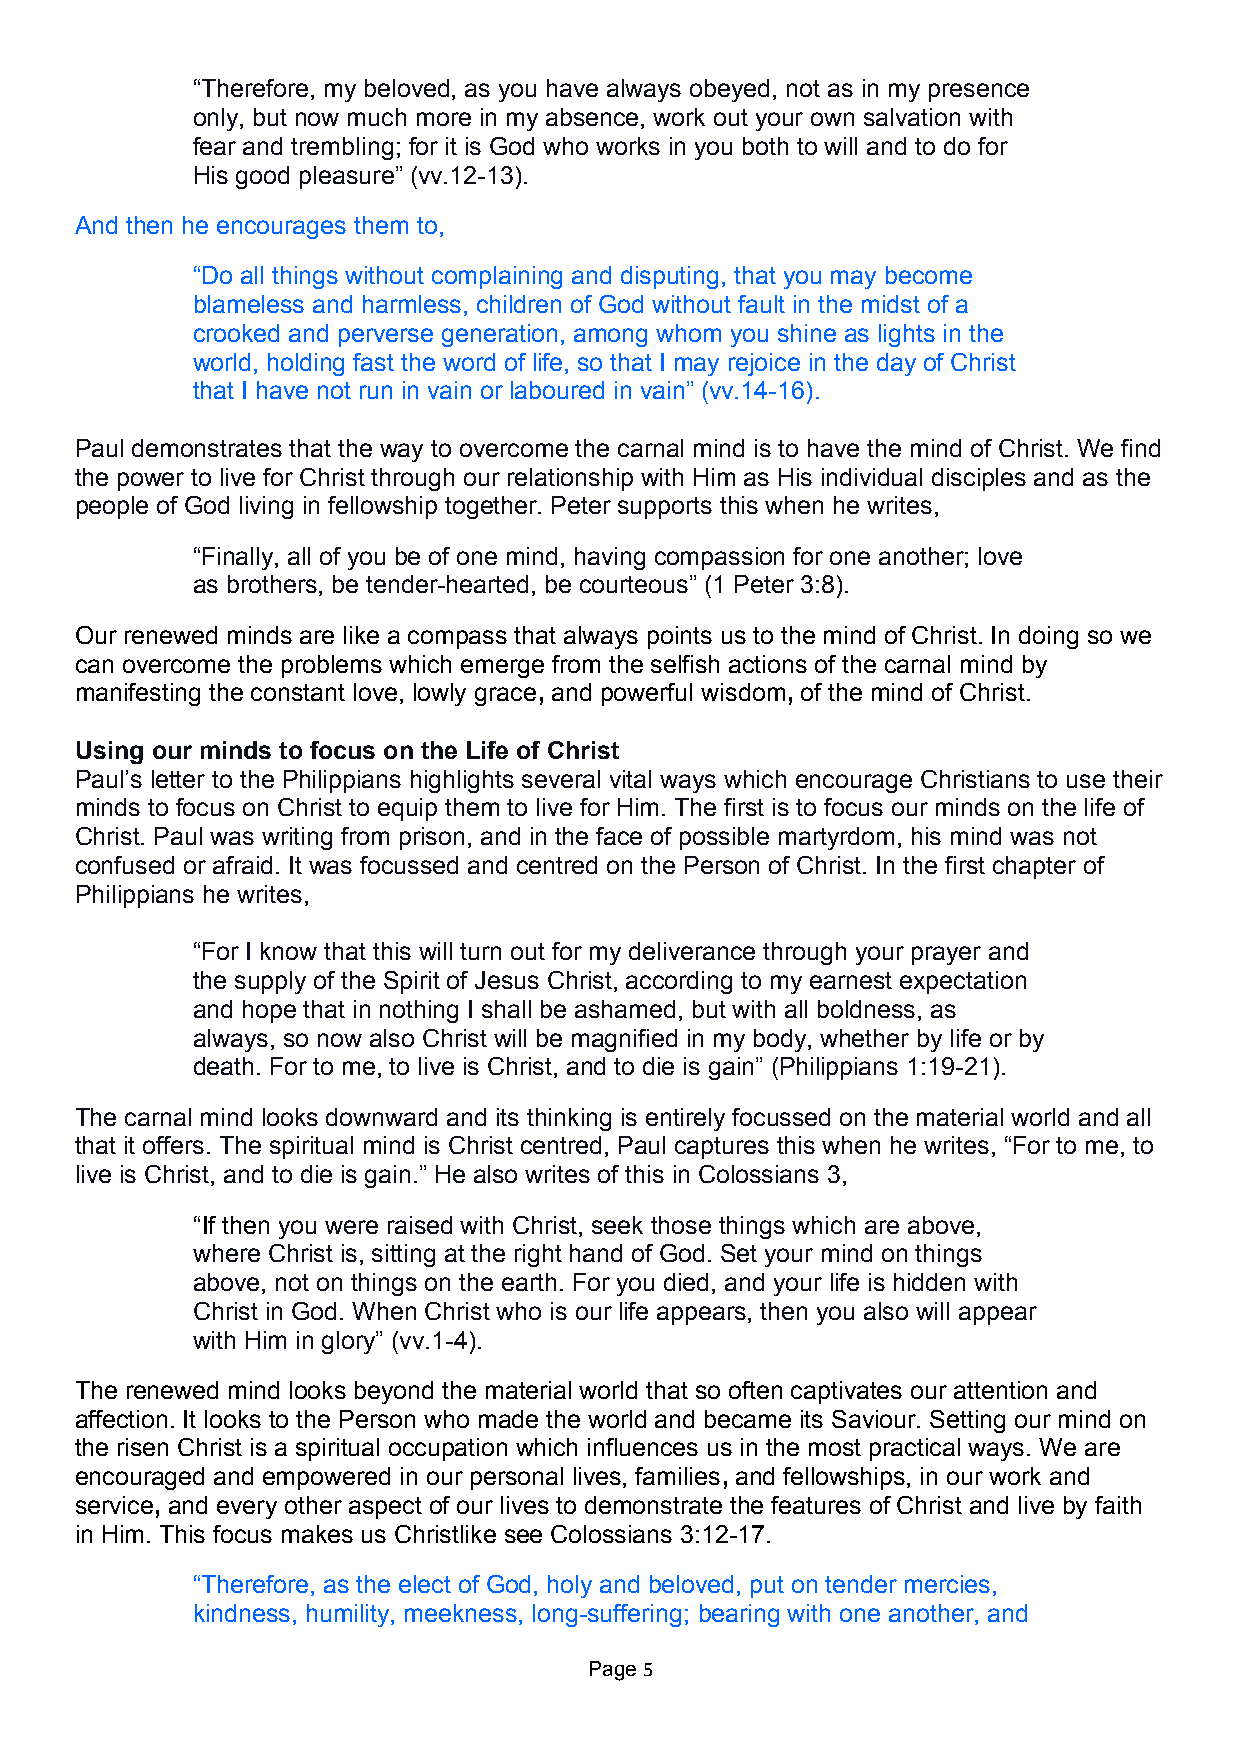
“Therefore, my beloved, as you have always obeyed, not as in my presence
 only, but now much more in my absence, work out your own salvation with
 fear and trembling; for it is God who works in you both to will and to do for
 His good pleasure” (vv.12-13).
 And then he encourages them to,
 “Do all things without complaining and disputing, that you may become
 blameless and harmless, children of God without fault in the midst of a
 crooked and perverse generation, among whom you shine as lights in the
 world, holding fast the word of life, so that I may rejoice in the day of Christ
 that I have not run in vain or laboured in vain” (vv.14-16).
 Paul demonstrates that the way to overcome the carnal mind is to have the mind of Christ. We find
 the power to live for Christ through our relationship with Him as His individual disciples and as the
 people of God living in fellowship together. Peter supports this when he writes,
 “Finally, all of you be of one mind, having compassion for one another; love
 as brothers, be tender-hearted, be courteous” (1 Peter 3:8).
 Our renewed minds are like a compass that always points us to the mind of Christ. In doing so we
 can overcome the problems which emerge from the selfish actions of the carnal mind by
 manifesting the constant love, lowly grace, and powerful wisdom, of the mind of Christ.
 Using our minds to focus on the Life of Christ
 Paul’s letter to the Philippians highlights several vital ways which encourage Christians to use their
 minds to focus on Christ to equip them to live for Him. The first is to focus our minds on the life of
 Christ. Paul was writing from prison, and in the face of possible martyrdom, his mind was not
 confused or afraid. It was focussed and centred on the Person of Christ. In the first chapter of
 Philippians he writes,
 “For I know that this will turn out for my deliverance through your prayer and
 the supply of the Spirit of Jesus Christ, according to my earnest expectation
 and hope that in nothing I shall be ashamed, but with all boldness, as
 always, so now also Christ will be magnified in my body, whether by life or by
 death. For to me, to live is Christ, and to die is gain” (Philippians 1:19-21).
 The carnal mind looks downward and its thinking is entirely focussed on the material world and all
 that it offers. The spiritual mind is Christ centred, Paul captures this when he writes, “For to me, to
 live is Christ, and to die is gain.” He also writes of this in Colossians 3,
 “If then you were raised with Christ, seek those things which are above,
 where Christ is, sitting at the right hand of God. Set your mind on things
 above, not on things on the earth. For you died, and your life is hidden with
 Christ in God. When Christ who is our life appears, then you also will appear
 with Him in glory” (vv.1-4).
 The renewed mind looks beyond the material world that so often captivates our attention and
 affection. It looks to the Person who made the world and became its Saviour. Setting our mind on
 the risen Christ is a spiritual occupation which influences us in the most practical ways. We are
 encouraged and empowered in our personal lives, families, and fellowships, in our work and
 service, and every other aspect of our lives to demonstrate the features of Christ and live by faith
 in Him. This focus makes us Christlike see Colossians 3:12-17.
 “Therefore, as the elect of God, holy and beloved, put on tender mercies,
 kindness, humility, meekness, long-suffering; bearing with one another, and
 Page 5